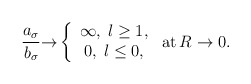
\begin{align*}\frac{a_{\sigma }}{b_{\sigma }}{\rightarrow }\left\{ \begin{array}{c}\infty ,\;l\geq 1, \\ 0,\;l\leq 0,\end{array}\right. \,{\rm at}\,R\rightarrow 0.\end{align*}